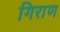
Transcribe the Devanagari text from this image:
गिराण